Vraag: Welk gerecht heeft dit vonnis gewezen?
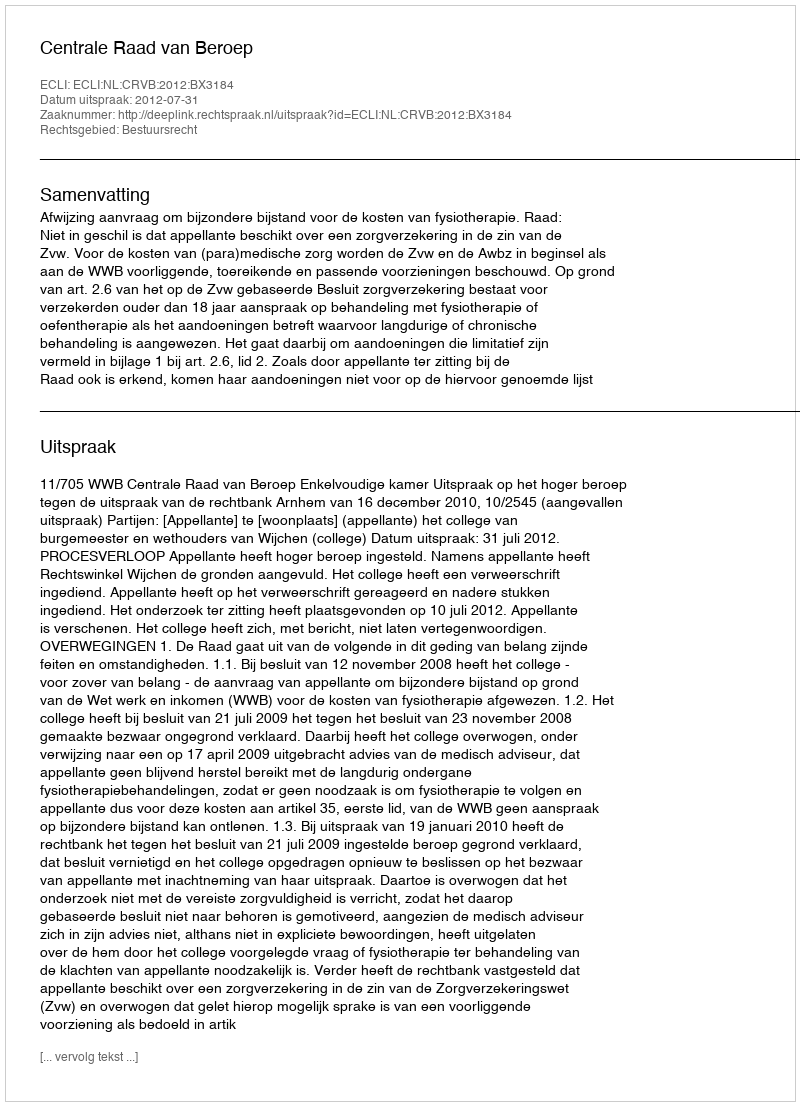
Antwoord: Centrale Raad van Beroep